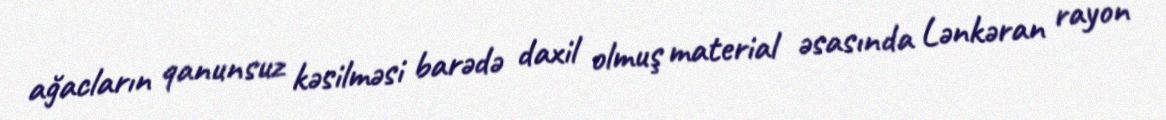
ağacların qanunsuz kəsilməsi barədə daxil olmuş material əsasında Lənkəran rayon